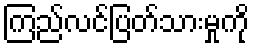
ကြည်လင်ပြတ်သားမှုကို